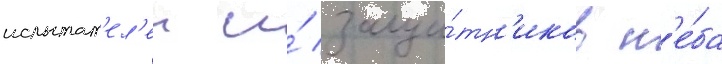
испытат'ел'еи и́ защи́тн'иков н'е́ба